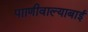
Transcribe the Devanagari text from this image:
पााणीवाल्याबाई